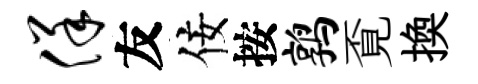
佯友佞按鹑覔換